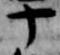
十